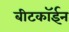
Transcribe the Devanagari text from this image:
बीटकॉईन